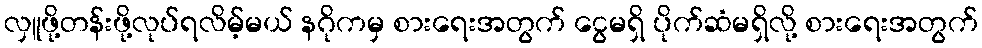
လှူဖို့တန်းဖို့လုပ်ရလိမ့်မယ် နဂိုကမှ စားရေးအတွက် ငွေမရှိ ပိုက်ဆံမရှိလို့ စားရေးအတွက်